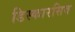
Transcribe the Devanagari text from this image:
डिस्कारसिव